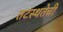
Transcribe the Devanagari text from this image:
तटस्थतेची